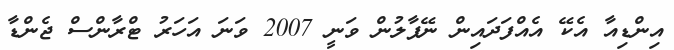
އިންޑިއާ އެކޭ އެއްފަދައިން ނޭޕާލުން ވަނީ 2007 ވަނަ އަހަރު ޓްރާންސް ޖެންޑާ